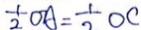
\frac { 1 } { 2 } O A = \frac { 1 } { 2 } O C